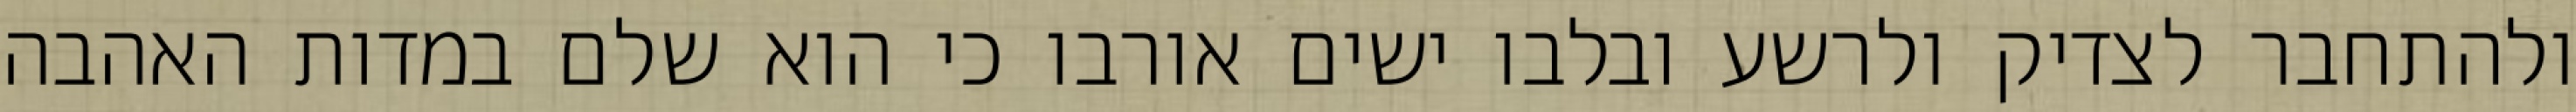
ולהתחבר לצדיק ולרשע ובלבו ישים אורבו כי הוא שלם במדות האהבה